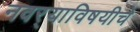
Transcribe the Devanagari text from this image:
नवर्‍याविषयीचे